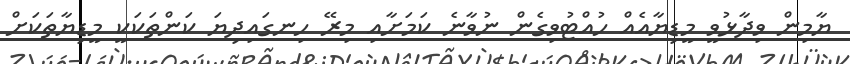
ޔާމިން ވިދާޅުވީ މީޑިޔާއެއް ހުއްޓުވިގެން ނުވާނެ ކަމަށާއި މިރޭ ހިނގައިދިޔަ ކަންތަކަކީ މީޑިޔާތަކަށް